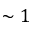
\sim 1